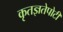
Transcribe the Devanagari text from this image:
कृतज्ञतेपोटी